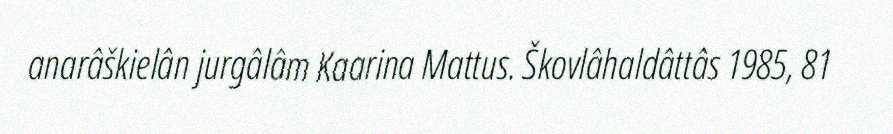
anarâškielân jurgâlâm Kaarina Mattus. Škovlâhaldâttâs 1985, 81